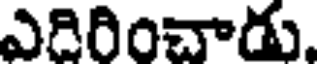
ఎదిరించాడు.